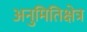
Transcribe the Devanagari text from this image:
अनुमितिक्षेत्र